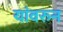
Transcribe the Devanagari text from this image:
यांवरुन